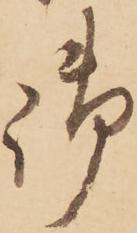
御